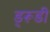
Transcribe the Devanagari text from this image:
ड्रूडी